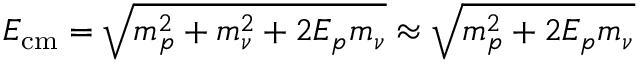
E _ { \mathrm { c m } } = \sqrt { m _ { p } ^ { 2 } + m _ { \nu } ^ { 2 } + 2 E _ { p } m _ { \nu } } \approx \sqrt { m _ { p } ^ { 2 } + 2 E _ { p } m _ { \nu } }